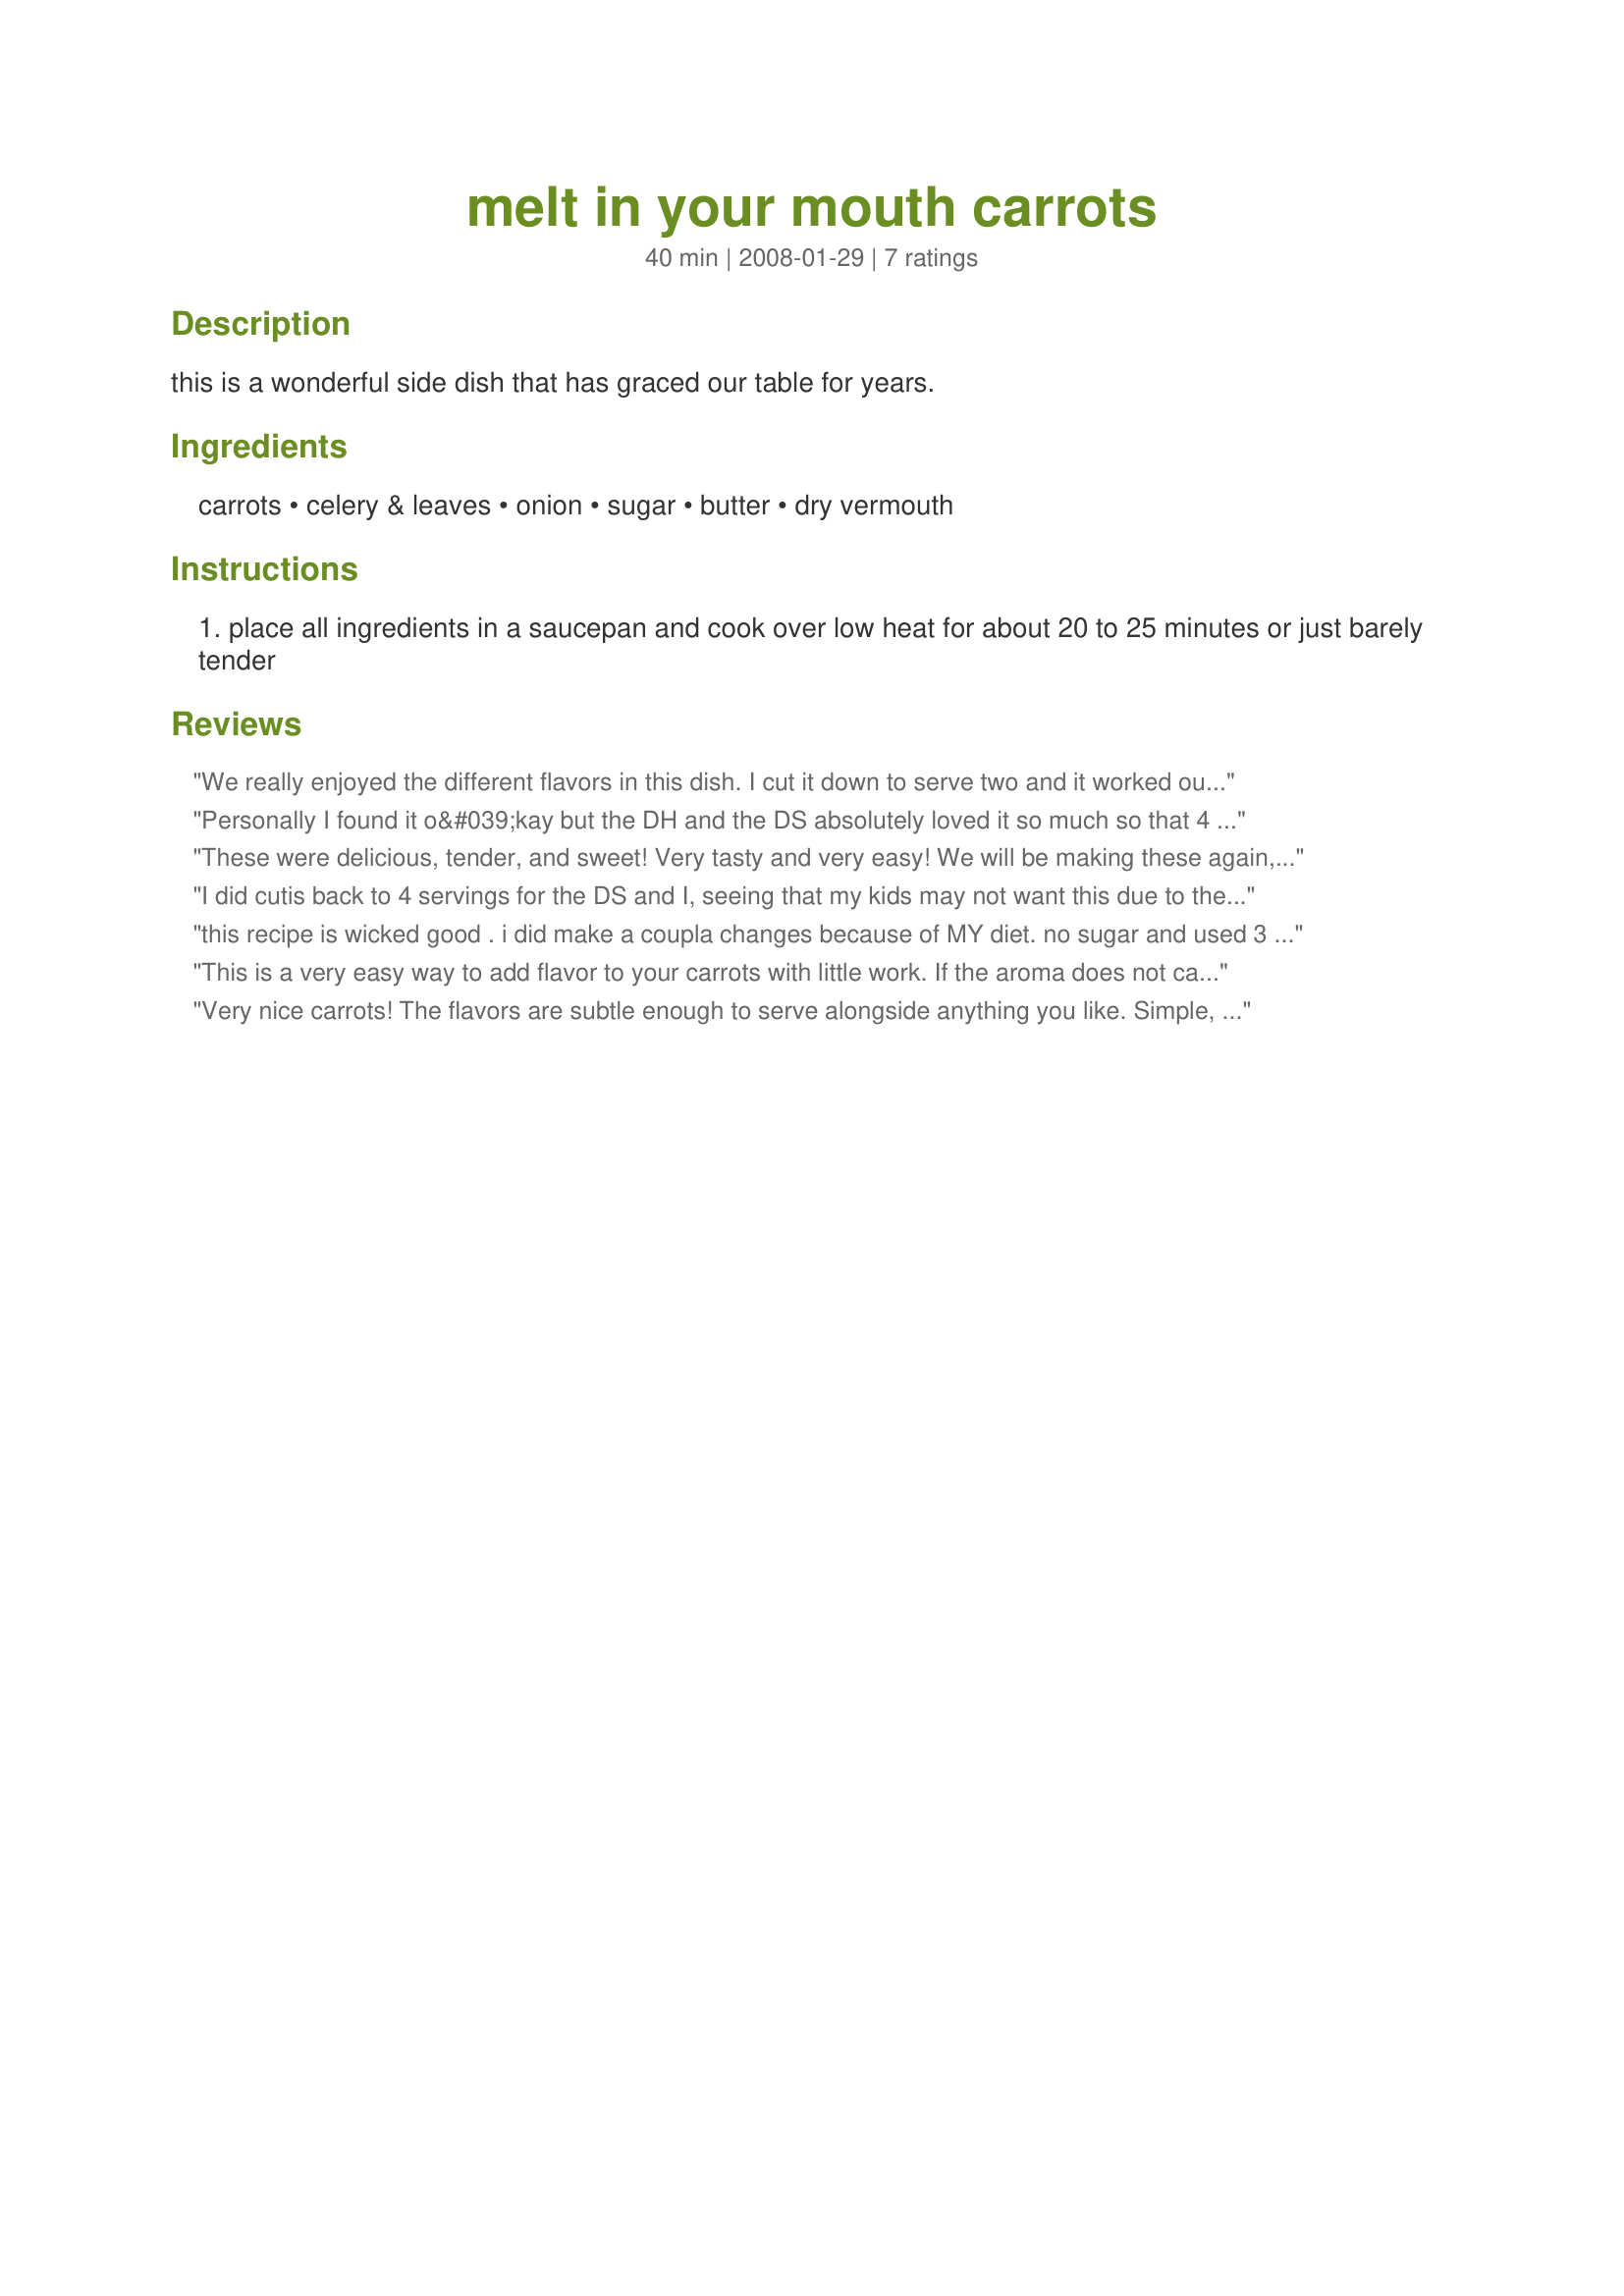
melt in your mouth carrots
Preparation time: 40 minutes

this is a wonderful side dish that has graced our table for years.

Ingredients:
carrots, celery & leaves, onion, sugar, butter, dry vermouth

Steps:
place all ingredients in a saucepan and cook over low heat for about 20 to 25 minutes or just barely tender

Reviews:
We really enjoyed the different flavors in this dish. I cut it down to serve two and it worked out just fine. I did notice once I put all the ingredients out that I only had 1/2 of the dry vermouth. So I cut back on the sugar a bit and used sweet vermouth for the other half needed. Very yummy! Thanks for posting.
Personally I found it o&#039;kay but the DH and the DS absolutely loved it so much so that 4 portions were eaten by 3 people though I only at a little over half of my portion and they polished that off as well, thank you CaliforniaJan, made for Everyday A Holiday.
These were delicious, tender, and sweet! Very tasty and very easy! We will be making these again, for sure! Made for ZWT7-Pacific Islands. (Vivacious Violets)
I did cutis back to 4 servings for the DS and I, seeing that my kids may not want this due to the alcohol, but my wife and I absolutely enjoyed this. Made for a nice light dinner, with flavors, that were very nice, very nice and tender. Madefor P RMR tag.
this recipe is wicked good . i did make a coupla changes because of MY diet. no sugar and used 3 tablespoons vermouth and rest chicken stock. try this recipe it is awesome
This is a very easy way to add flavor to your carrots with little work. If the aroma does not capture your senses, the sweet buttery taste of the carrots will! I only used half of the recommended sugar and thought they were fine. I sauteed the celery and onions in the pan with butter before I added the rest of the ingredients. Made for *1 2 3 Hit Wonders Game March 2010*
Very nice carrots! The flavors are subtle enough to serve alongside anything you like. Simple, yet just a bit different from your basic steamed vegetables. Thanks for sharing!
